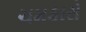
ચમકારો